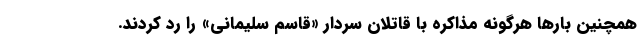
همچنین بارها هرگونه مذاکره با قاتلان سردار «قاسم سلیمانی» را رد کردند.